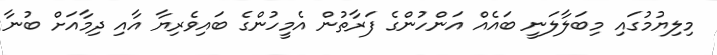
މިލިޔުމުގައި މިބަލާލަނީ ބައެއް އަންހުންގެ ފަރާތުން އެމީހުންގެ ބައިވެރިޔާ އާއި ދިމާއަށް ބުނާ